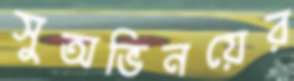
সুঅভিনয়ের